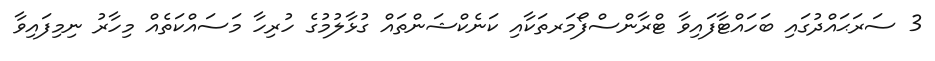
3 ސަރަޙައްދުގައި ބަހައްޓާފައިވާ ޓްރާންސްފޯމަރތަކާއި ކަނެކްޝަންތައް ގުޅާލުމުގެ ހުރިހާ މަސައްކަތެއް މިހާރު ނިމިފައިވާ